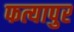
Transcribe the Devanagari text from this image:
फत्यापुर